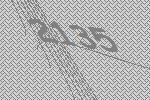
2135